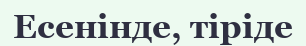
Есенінде, тіріде